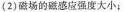
(2)磁场的磁感应强度大小；